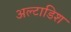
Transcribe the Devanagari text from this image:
अल्टाडिश